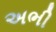
અભી